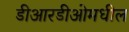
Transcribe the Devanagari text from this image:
डीआरडीओमधील